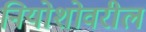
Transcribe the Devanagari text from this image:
नियोशोवरील